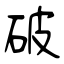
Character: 破